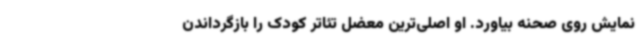
نمایش روی صحنه بیاورد. او اصلی‌ترین معضل تئاتر کودک را بازگرداندن